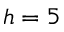
h = 5